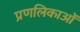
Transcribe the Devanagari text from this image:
प्रणलिकाओं